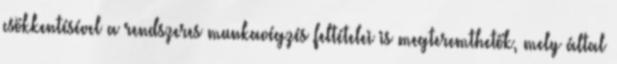
csökkentésével a rendszeres munkavégzés feltételei is megteremthetők, mely által